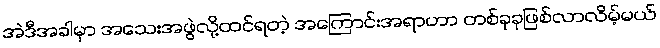
အဲဒီအခါမှာ အသေးအဖွဲလို့ထင်ရတဲ့ အကြောင်းအရာဟာ တစ်ခုခုဖြစ်လာလိမ့်မယ်